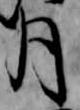
月